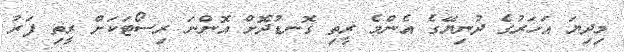
މިދިޔަ އަހަރުގެ ދުނިޔޭގެ އެންމެ ރީތި ގޮނޑުދޮށް އޮންނަ ރިސޯޓަކަށް ރީތި ފަރު